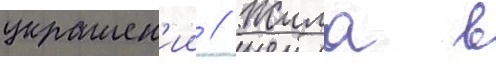
украшен'ии // Жила в